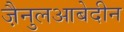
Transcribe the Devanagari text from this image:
जै़नुलआबेदीन